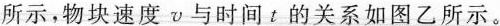
所示，物块速度v与时间t的关系如图乙所示。